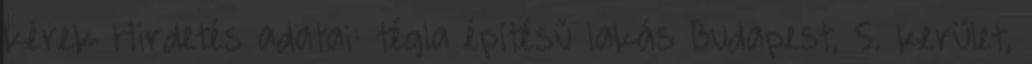
kérek Hirdetés adatai: tégla építésű lakás Budapest, 5. kerület,